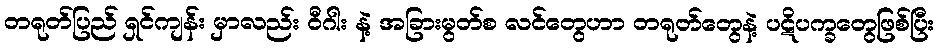
တရုတ်ပြည် ရှင်ကျန်း မှာလည်း ဝီဂါး နဲ့ အခြားမွတ်စ လင်တွေဟာ တရုတ်တွေနဲ့ ပဋိပက္ခတွေဖြစ်ပြီး